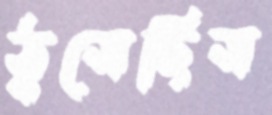
ঠুসেছিস